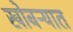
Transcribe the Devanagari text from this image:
खोबऱ्यात